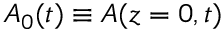
A _ { 0 } ( t ) \equiv A ( z = 0 , t )